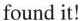
found it!